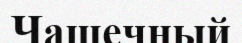
Чашечный